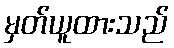
မှတ်ယူထားသည်